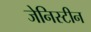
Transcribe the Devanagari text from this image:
जेनिस्टीन